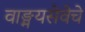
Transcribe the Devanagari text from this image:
वाङ्मयसेवेचे